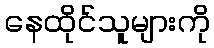
နေထိုင်သူများကို